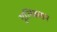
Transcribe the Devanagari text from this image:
गुलिकसन